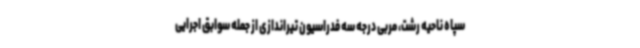
سپاه ناحیه رشت، مربی درجه سه فدراسیون تیراندازی از جمله سوابق اجرایی